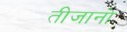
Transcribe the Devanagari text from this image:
तीजानो